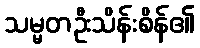
သမ္မတဦးသိန်းစိန်၏